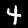
Digit: 4